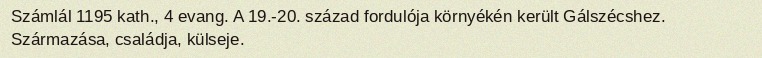
Számlál 1195 kath., 4 evang. A 19.-20. század fordulója környékén került Gálszécshez. Származása, családja, külseje.